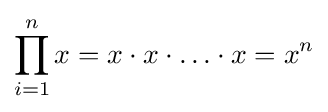
\prod _{i=1}^{n}x=x\cdot x\cdot \ldots \cdot x=x^{n}